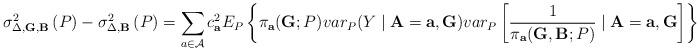
LaTeX: \begin{align*}\sigma _{\Delta ,\mathbf{G},\mathbf{B}}^{2}\left( P\right) -\sigma _{\Delta ,\mathbf{B}}^{2}\left( P\right) =\sum_{a\in \mathcal{A}}c_{\mathbf{a}}^{2}E_{P}\left\{ \pi _{\mathbf{a}}(\mathbf{G};P)var_{P}(Y\mid \mathbf{A}=\mathbf{a},\mathbf{G})var_{P}\left[ \frac{1}{\pi _{\mathbf{a}}(\mathbf{G,B};P)}\mid \mathbf{A=a},\mathbf{G}\right] \right\} \mathbf{\geq }0.\end{align*}